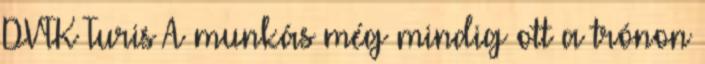
DVTK Turis A munkás még mindig ott a trónon